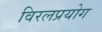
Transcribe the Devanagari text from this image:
विरलप्रयोग